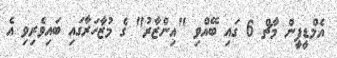
އެމްޑީޕީން މާޗް 6 ގައި ބޭއްވި "އިންޒާރު" ގެ މުޒާހަރާގައި ބައިވެރިވި އެ